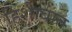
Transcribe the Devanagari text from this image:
हिशेाबात